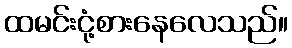
ထမင်းငုံ့စားနေလေသည်။